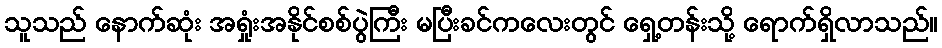
သူသည် နောက်ဆုံး အရှုံးအနိုင်စစ်ပွဲကြီး မပြီးခင်ကလေးတွင် ရှေ့တန်းသို့ ရောက်ရှိလာသည်။